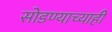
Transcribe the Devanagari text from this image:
सोडण्याच्याही